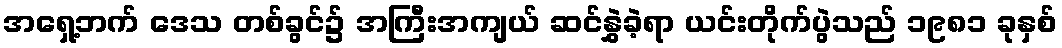
အရှေ့ဘက် ဒေသ တစ်ခွင်၌ အကြီးအကျယ် ဆင်နွှဲခဲ့ရာ ယင်းတိုက်ပွဲသည် ၁၉၈၁ ခုနှစ်